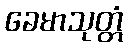
ခေမာသုတ္တံ